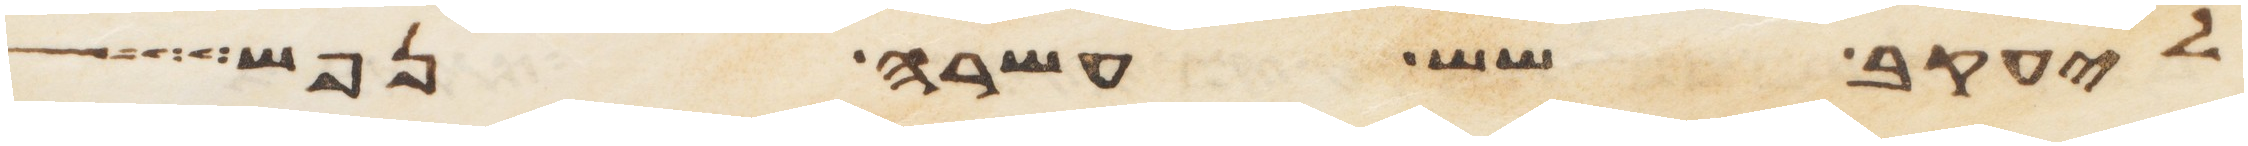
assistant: ליעקב שש עשרה נפש